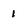
Character: 1